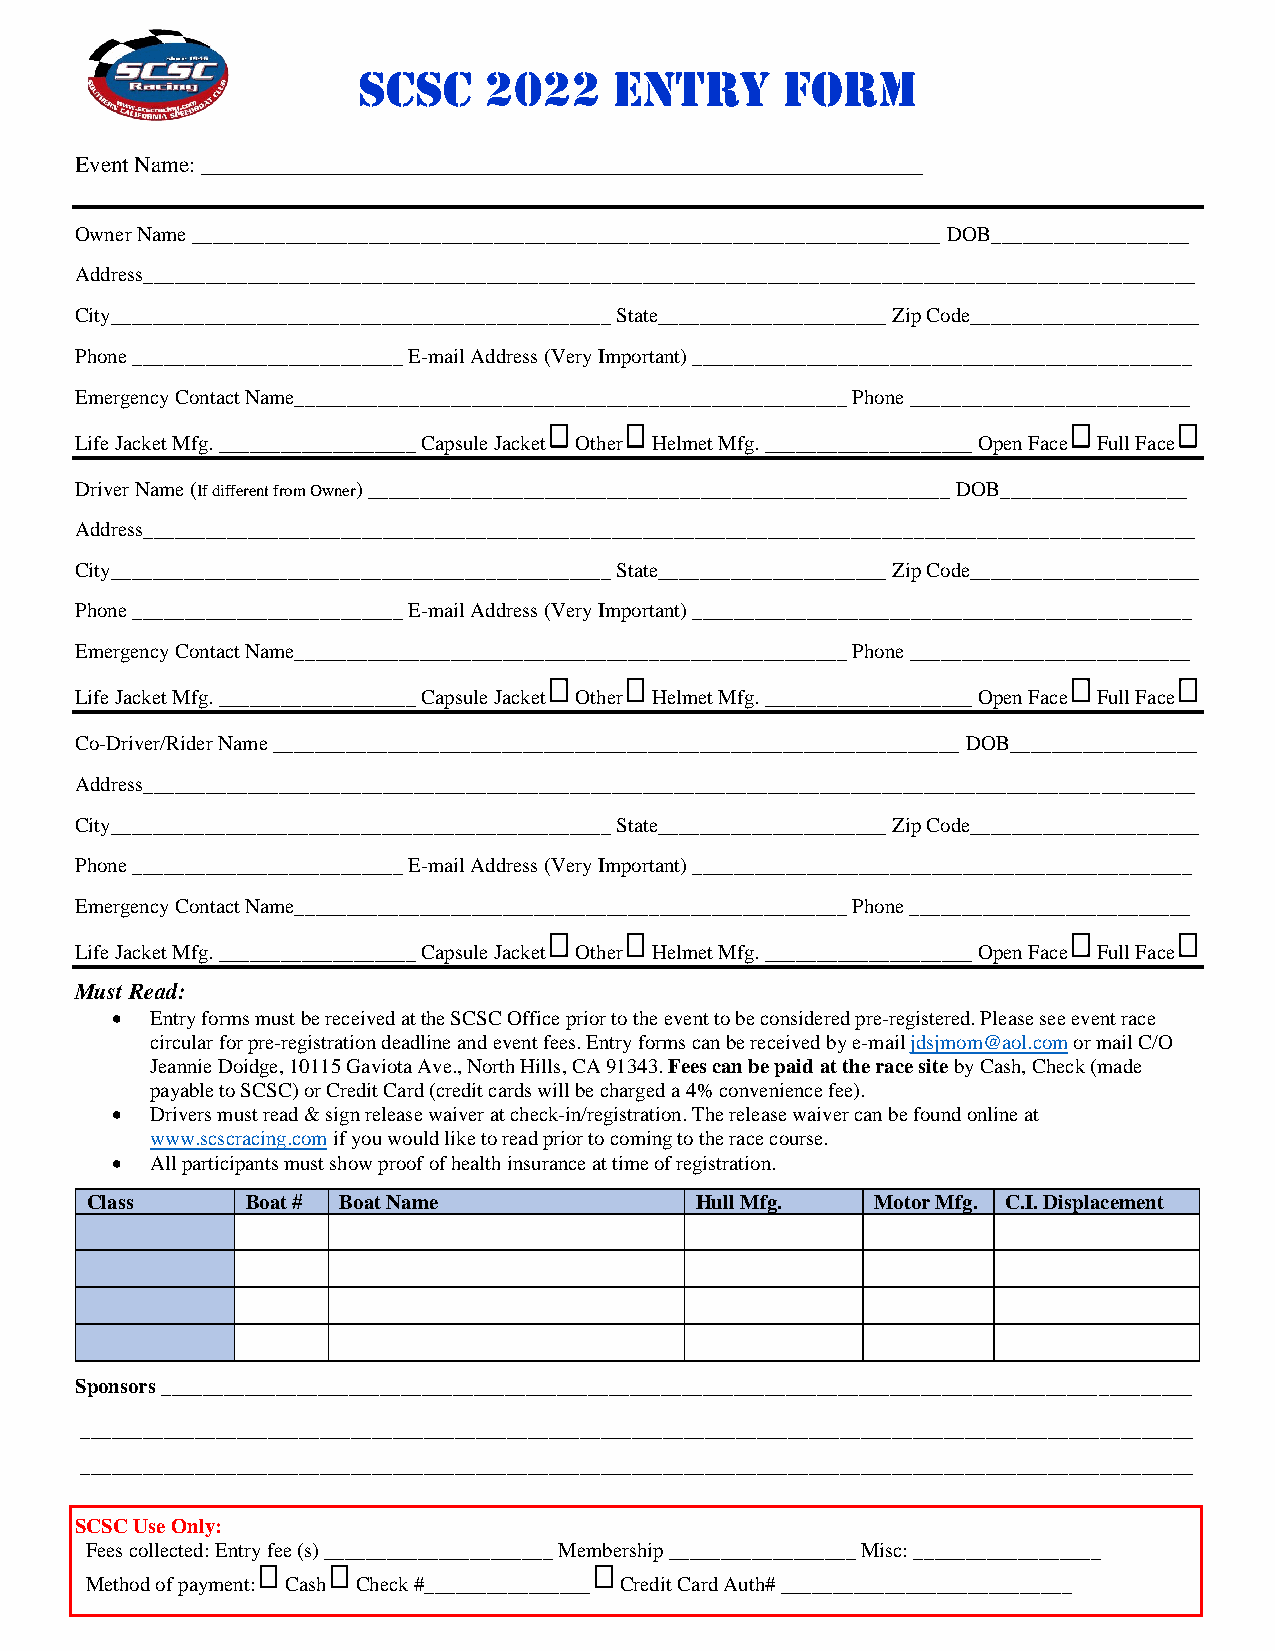
SCSC    2022     Entry      Form
 Event Name: _______________________________________________________________
 Owner Name ________________________________________________________________________ DOB___________________
 Address_____________________________________________________________________________________________________
 City________________________________________________ State______________________ Zip Code______________________
 Phone __________________________ E-mail Address (Very Important) ________________________________________________
 Emergency Contact Name_____________________________________________________ Phone ___________________________
 Life Jacket Mfg. ___________________ Capsule Jacket Other Helmet Mfg. ____________________ Open Face Full Face
 Driver Name (If different from Owner) ________________________________________________________ DOB__________________
 Address_____________________________________________________________________________________________________
 City________________________________________________ State______________________ Zip Code______________________
 Phone __________________________ E-mail Address (Very Important) ________________________________________________
 Emergency Contact Name_____________________________________________________ Phone ___________________________
 Life Jacket Mfg. ___________________ Capsule Jacket Other Helmet Mfg. ____________________ Open Face Full Face
 Co-Driver/Rider Name __________________________________________________________________ DOB__________________
 Address_____________________________________________________________________________________________________
 City________________________________________________ State______________________ Zip Code______________________
 Phone __________________________ E-mail Address (Very Important) ________________________________________________
 Emergency Contact Name_____________________________________________________ Phone ___________________________
 Life Jacket Mfg. ___________________ Capsule Jacket Other Helmet Mfg. ____________________ Open Face Full Face
 Must Read:
 •  Entry forms must be received at the SCSC Office prior to the event to be considered pre-registered. Please see event race
 circular for pre-registration deadline and event fees. Entry forms can be received by e-mail jdsjmom@aol.com or mail C/O
 Jeannie Doidge, 10115 Gaviota Ave., North Hills, CA 91343. Fees can be paid at the race site by Cash, Check (made
 payable to SCSC) or Credit Card (credit cards will be charged a 4% convenience fee).
 •  Drivers must read & sign release waiver at check-in/registration. The release waiver can be found online at
 www.scscracing.com if you would like to read prior to coming to the race course.
 •  All participants must show proof of health insurance at time of registration.
 Class     Boat # Boat Name              Hull Mfg.   Motor Mfg. C.I. Displacement
 Sponsors ___________________________________________________________________________________________________
 ___________________________________________________________________________________________________________
 ___________________________________________________________________________________________________________
 SCSC Use Only:
 Fees collected: Entry fee (s) ______________________ Membership __________________ Misc: __________________
 Method of payment: Cash Check #________________ Credit Card Auth# ____________________________